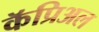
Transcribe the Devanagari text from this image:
कॅप्रिअल